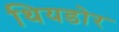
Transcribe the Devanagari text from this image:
थियडोर